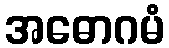
အဓောဂမံ